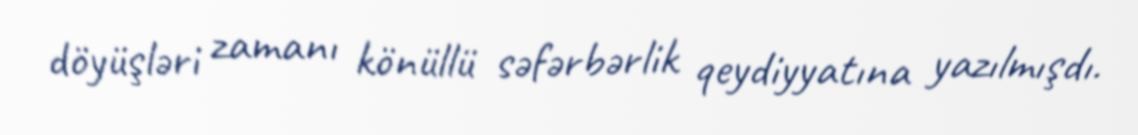
döyüşləri zamanı könüllü səfərbərlik qeydiyyatına yazılmışdı.